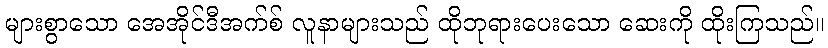
များစွာသော အေအိုင်ဒီအက်စ် လူနာများသည် ထိုဘုရားပေးသော ဆေးကို ထိုးကြသည်။